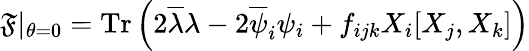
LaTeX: {\cal\mathfrak{F}}\vert_{\theta=0}=\mathrm{{Tr}}\left(2\overline{{{{\lambda}}}}\lambda-2\overline{{{{\psi}}}}_{i}\psi_{i}+f_{ijk}X_{i}[X_{j},X_{k}]\right)